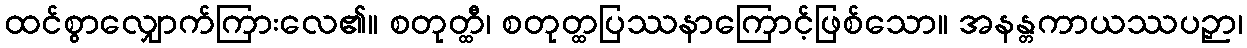
ထင်စွာလျှောက်ကြားလေ၏။ စတုတ္ထီ၊ စတုတ္ထပြဿနာကြောင့်ဖြစ်သော။ အနန္တကာယဿပဉှာ၊